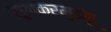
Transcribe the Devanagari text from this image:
सुन्करमुडकू